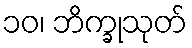
၁၀၊ ဘိက္ခုသုတ်